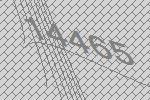
14465